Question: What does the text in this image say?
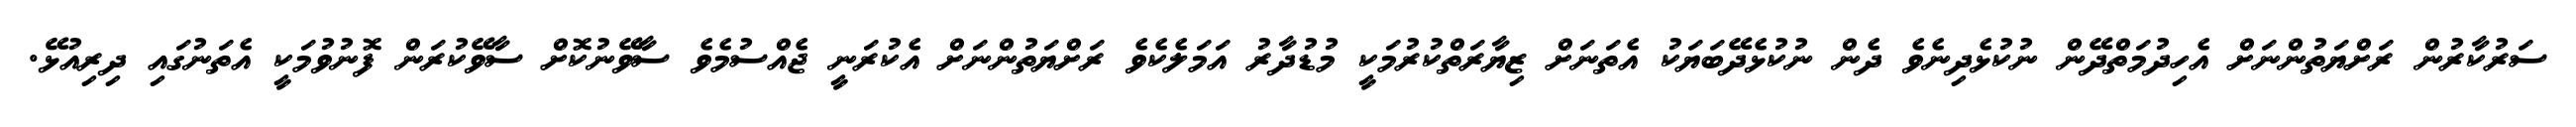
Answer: ސަރުކާރުން ރަށްޔަތުންނަށް އެހިދުމަތްދޭން ނުކުޅެދިނެވެ ދެން ނުކުޅެދޭބަޔަކު އެތަނަށް ޒިޔާރަތްކުރުމަކީ މުޑުދާރު އަމަލެކެވެ ރަށްޔަތުންނަށް އެކުރަނީ ޖެއްސުމެވެ ސާވޭނުކޮށް ސާވޭކުރަން ފޮނުވުމަކީ އެތަނުގައި ދިރިއުޅޭ.